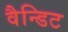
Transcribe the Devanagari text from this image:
वैन्डिट